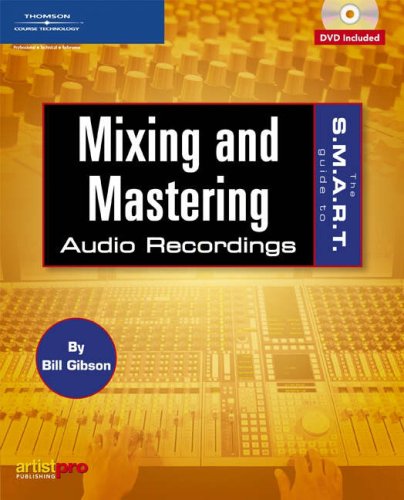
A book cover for The S.M.A.R.T. Guide to Mixing and Mastering Audio Recordings; Bill A. Gibson; Computers & Technology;